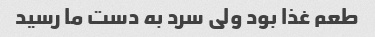
طعم غذا بود ولی سرد به دست ما رسید